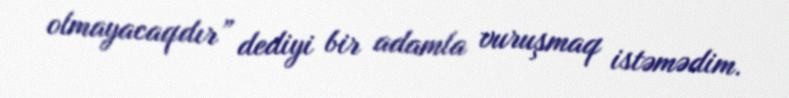
olmayacaqdır” dediyi bir adamla vuruşmaq istəmədim.